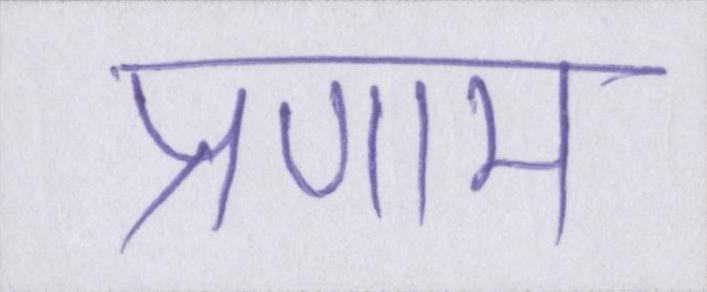
प्रणाम